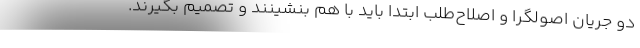
دو جریان اصولگرا و اصلاح‌طلب ابتدا باید با هم بنشینند و تصمیم بگیرند.